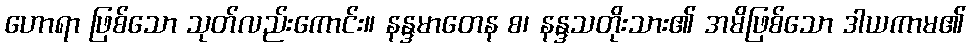
ဟောရာ ဖြစ်သော သုတ်လည်းကောင်း။ နန္ဒမာတေန စ၊ နန္ဒသတိုးသား၏ အမိဖြစ်သော ဒါယကာမ၏